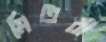
মিতরা